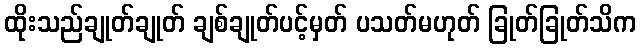
ထိုးသည်ချုတ်ချုတ် ချစ်ချုတ်ပင့်မှတ် ပသတ်မဟုတ် ခြုတ်ခြုတ်သိက